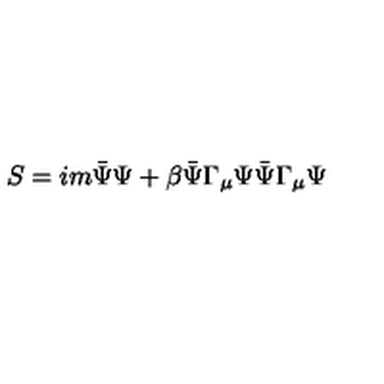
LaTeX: S = i m \bar { \Psi } \Psi + \beta \bar { \Psi } \Gamma _ { \mu } \Psi \bar { \Psi } \Gamma _ { \mu } \Psi